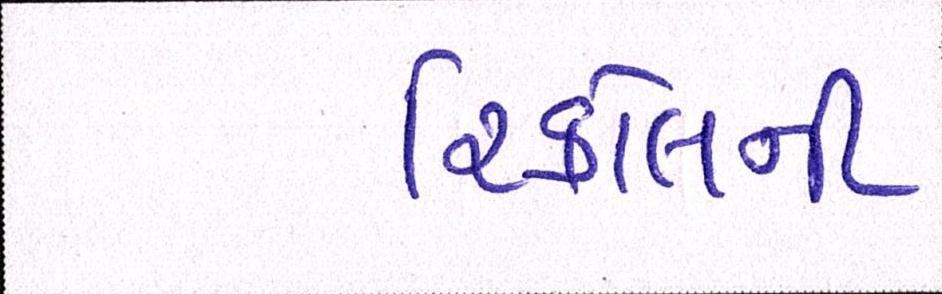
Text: રિકોલની